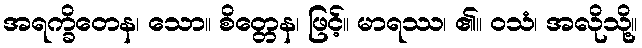
အရက္ခိတေန၊ သော။ စိတ္တေန၊ ဖြင့်။ မာရဿ၊ ၏။ ဝသံ၊ အလိုသို့။